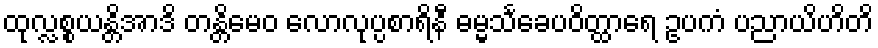
ထုလ္လစ္စယန္တိအာဒိ တန္တိမေဝ လောလုပ္ပစာရိနီ ဓမ္မသင်္ခေပဝိတ္ထာရေ ဥပကံ ပညာယိဟိတိ